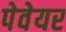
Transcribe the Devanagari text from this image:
पेवेयर